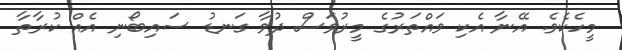
މީހެކެވެ. އޭނާ އެކި ވައްތަރުގެ މީރުވަސް ދުވާ ގަނޑު ސައިބޯނި އެއް ކުރާތާ